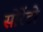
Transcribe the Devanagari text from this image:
सोरेंटो